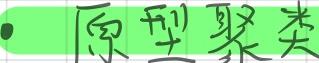
原型聚类